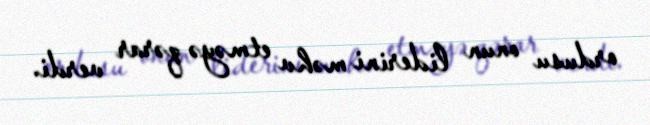
ordusu onun liderini məhv etməyə qərar verdi.